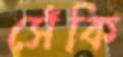
সেঁকি